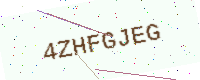
Text: 4ZHFGJEG